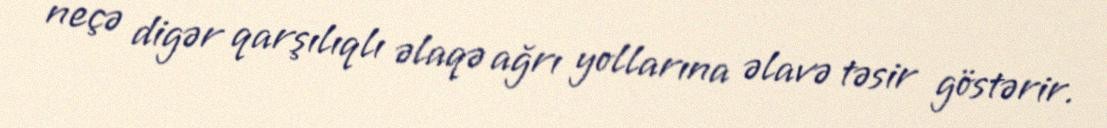
neçə digər qarşılıqlı əlaqə ağrı yollarına əlavə təsir göstərir.